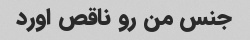
جنس من رو ناقص اورد